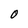
Character: O